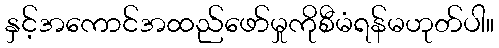
နှင့်အကောင်အထည်ဖော်မှုကိုစီမံရန်မဟုတ်ပါ။